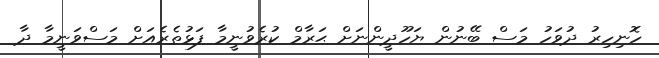
ހޮނިހިރު ދުވަހު މަސް ބޭނުން ޔަހޫދީންނަށް ޙަރާމް ކުރެވުނީމާ ފަޅުތެރެއަށް މަސްވަނީމާ ދާ